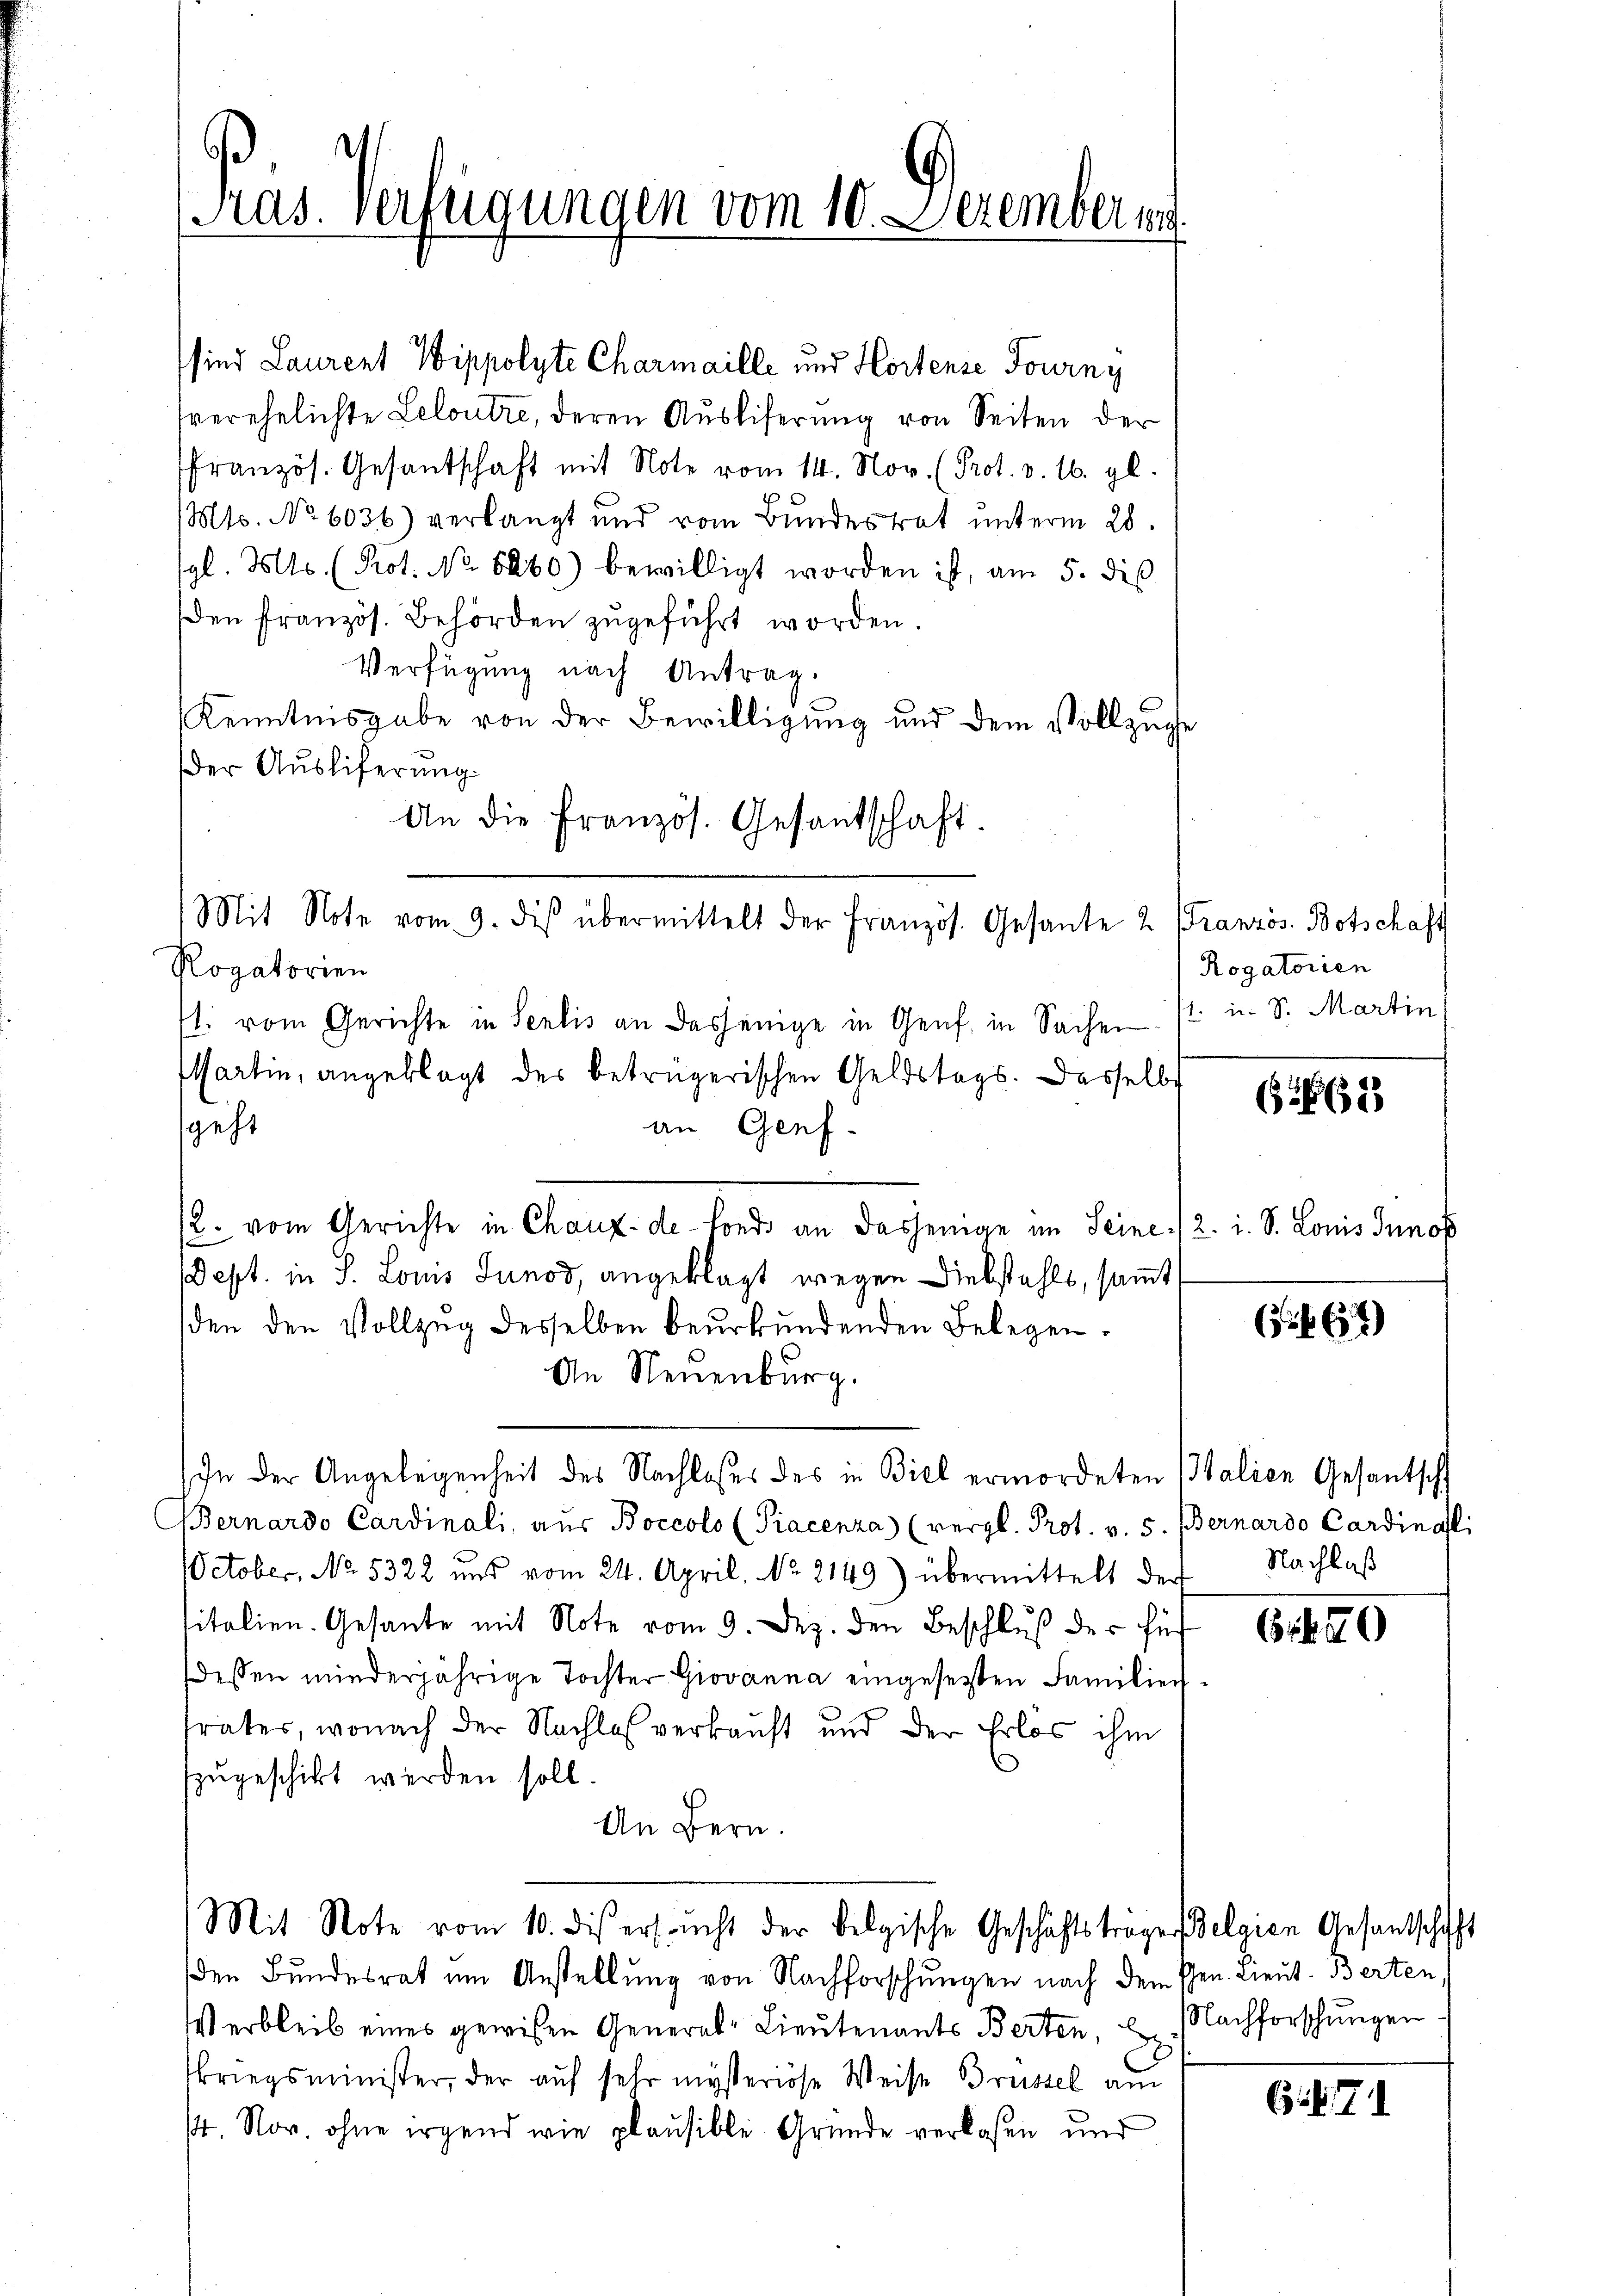
d
Pras. Verfügungen vom 10. Dezemberg

sind Laurent Wippolyte Charmaille und Hortense Fourny
verehelichte Leloutre, deren Ausliferung von Seiten der
französ. Gesantschaft mit Note vom 14. Nov. (Prot. v. 16. gl.
Mts. No 6036) verlangt und vom Bundesrat unterm 28.
gl. Mts. (Prot. No 6260) bewilligt worden ist, am 5. dis
den französ. Behörden zŭgeführt worden.
Verfügung nach Antrag.
Kenntnisgabe von der Bewilligung und dem Vollzuge
der Ausliferung.
An die französ. Gesandschaft.
Mit Note vom 9. des übermittelt der Französ. Gesante 2 Französ. Botschaft
Rogatorien
1. vom Gerichte in Seelis an dasjenige in Genf, in Sachen
Elartin, angeklagt des betrügerischen Geldstags. Dasselbe
sgeht
an Genf.
(2. vom Gerichte in Chaux-de-Fonds an dasjenige im Seine 1/2. i. S. Louis Innos
Dept. in S. Louis Junod, angeklagt wegen Diebstahls, samt
den den Vollzug desselben beurkundenden Belegen-
An Neuenburg.
Ihn der Angelegenheit des Nachloses des in Biel ermordeten Italien Gesantsch
Bernardo Cardinali, aŭs Boccolo (Piacenza (vergl. Prot. v. 5. (Bernardo Cardinal:
October. No. 5322 und vom 24. April, No. 2149) übermittelt der Nachlaß
sitalien. Gesante mit Note vom 9. Dez. den Beschluß der für
dessen minderjährige Tochter Giovanna eingesetzten Familien
trates, wonach der Nachlaß verkauft und der Erlös ihm
fzugeschickt werden soll.
An Bern.
Mit Note vom 10. dies ersŭcht der belgische Geschäftsträger Belgien Gesantschafft
den Bundesrat um Anstellung von Nachforschungen nach dem Ehen. Lieut. Berten,
Verbleib eines gewesen General-Lieutenants Berten, u. Nachforschungen
kriegsminister, der auf sehr mysteriöse Weise Brüssel am
4. Nov. ohne irgend wie plausible Gründe verlassen und

Rogatorien
sl. in S. Martin

165

5267)

61820